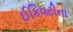
ઈકિવટીના